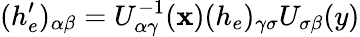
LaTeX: (h_{e}^{\prime})_{\alpha\beta}=U_{\alpha\gamma}^{-1}(\mathbf{x})(h_{e})_{\gamma\sigma}U_{\sigma\beta}(y)